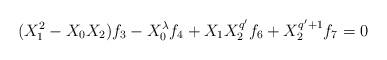
LaTeX: \begin{align*}(X_{1}^{2}-X_{0}X_{2})f_{3}-X_{0}^{\lambda}f_{4}+X_{1}X_{2}^{q'}f_{6}+X_{2}^{q'+1}f_{7}=0\end{align*}